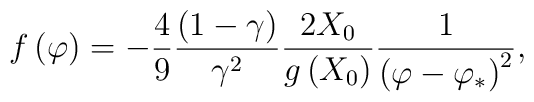
f\left( \varphi\right) =-\frac{4}{9}\frac{\left(1-\gamma\right)}{\gamma    ^{2}}\frac{2X_{0}}{g\left( X_{0}\right)}\frac{1}{\left(\varphi-\varphi      _*\right)^2},